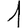
Digit: 1